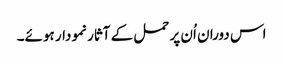
اس دوران اُن پر حمل کے آثار نمودار ہوئے۔